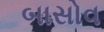
બાસોવ